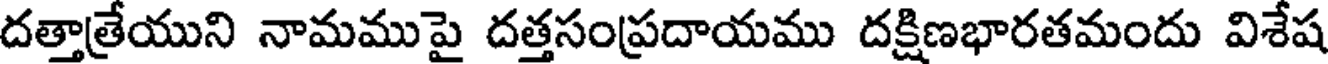
దత్తాత్రేయుని నామముపై దత్తసంప్రదాయము దక్షిణభారతమందు విశేష